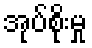
အုပ်စိုးမှု